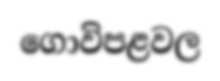
ගොවිපළවල